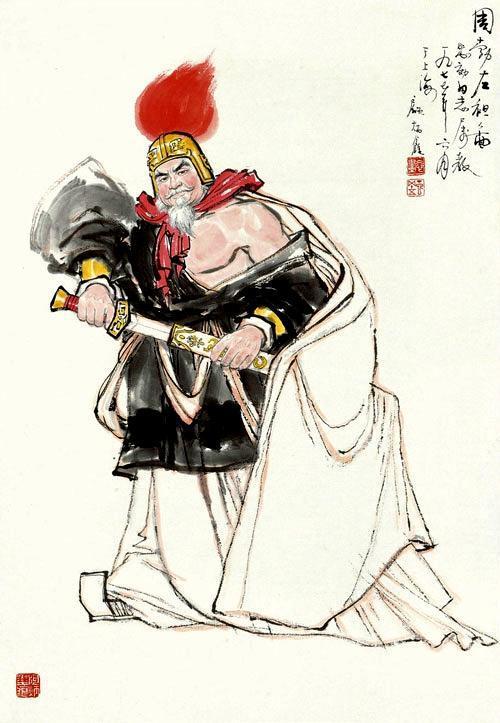
扈跸老臣身万里，天寒来此听江声！